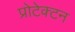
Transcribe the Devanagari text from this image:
प्रोटेक्टन